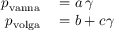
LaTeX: \begin{array} { r l } { p _ { \mathrm { { v a n n a } } } } & { { } = a \, \gamma } \\ { p _ { \mathrm { { v o l g a } } } } & { { } = b + c \gamma } \end{array}